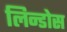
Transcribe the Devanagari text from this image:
लिन्डोस